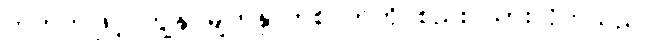
တဘက်ဖြင့် ကျွန်ုပ်မျက်နှာတစ်ဝက်ကို စည်း ထားလိုက်သည်။